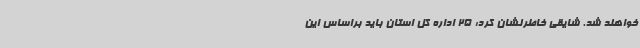
خواهند شد. شایقی خاطرنشان کرد: 25 اداره کل استان باید براساس این